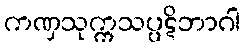
ကဏှသုက္ကသပ္ပဋိဘာဂါ